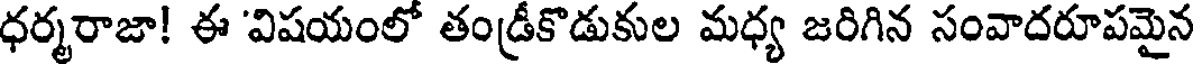
ధర్మరాజా! ఈ 'విషయంలో తండ్రీకొడుకుల మధ్య జరిగిన సంవాదరూపమైన